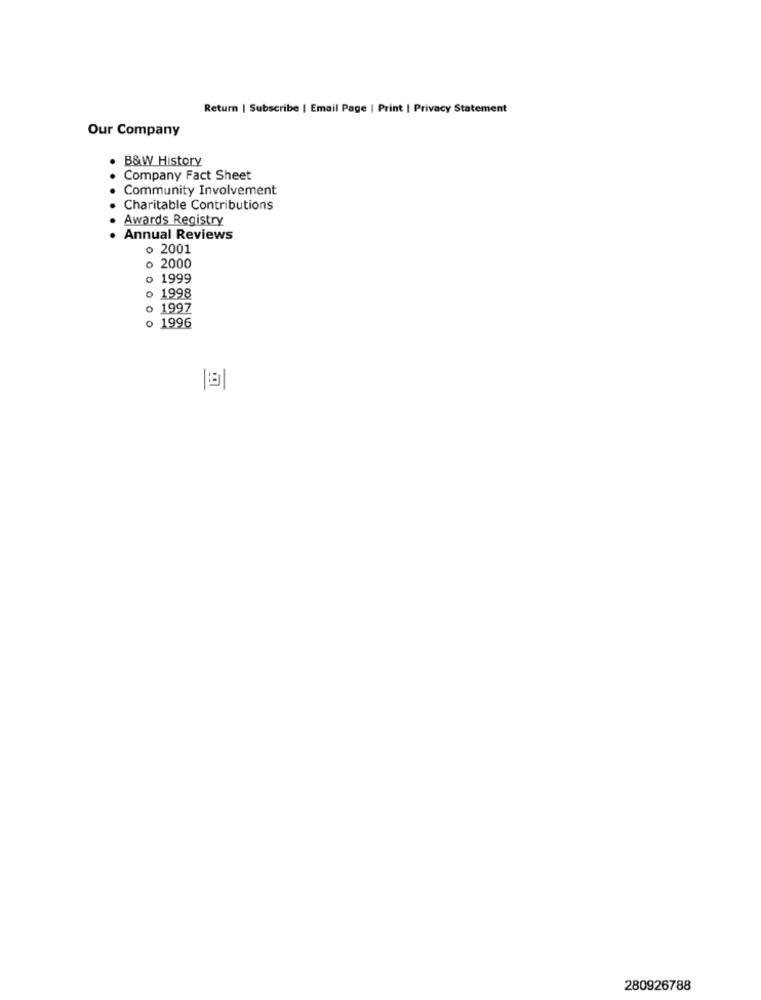
Return | Subscribe | Email Page | Print | Privacy Statement
Our Company
B&W History
Company Fact Sheet
Community Involvement
Charitable Contributions
Awards Registry
Annual Reviews
o 2001
· 2000
o 1999
o 1998
o 1997
o 1996
280926788